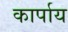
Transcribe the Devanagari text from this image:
कार्पाय